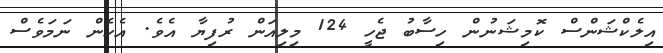
އިލެކްޝަންސް ކޮމިޝަނުން ހިސާބު ޖެހީ 124 މިލިއަން ރުފިޔާ އެވެ. އެހެން ނަމަވެސް